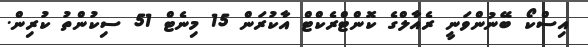
އިސްކޯ ބޭނުންވަނީ ރެއާލްގެ ކޮންޓްރެކްޓް އާކުރަން 15 މިނެޓް 51 ސިކުންތު ކުރިން.